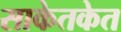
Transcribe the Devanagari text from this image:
साकेतकेत